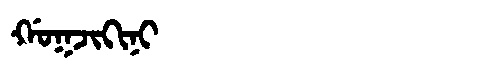
Manchu: ᡤᠣᡴᠵᡳᡴᡳᠨᡳ
Romanization: GOKJIKINI